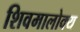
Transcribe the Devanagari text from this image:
शिवमालोक्य